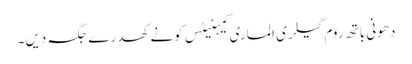
دھونی باتھ روم گیلری الماری کیبنیٹس کونے کھدرے جگہ دیں۔